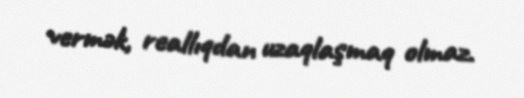
vermək, reallıqdan uzaqlaşmaq olmaz.